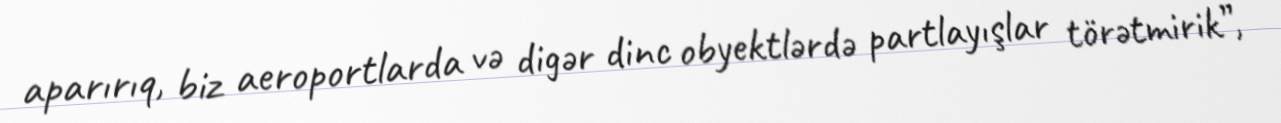
aparırıq, biz aeroportlarda və digər dinc obyektlərdə partlayışlar törətmirik”,